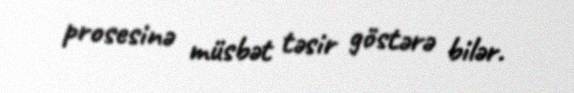
prosesinə müsbət təsir göstərə bilər.